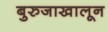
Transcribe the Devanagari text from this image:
बुरुजाखालून